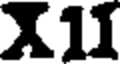
X1I